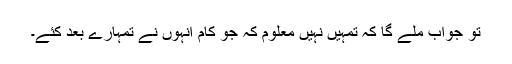
تو جواب ملے گا کہ تمہیں نہیں معلوم کہ جو کام انہوں نے تمہارے بعد کئے۔